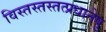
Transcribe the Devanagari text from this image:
विस्तस्तस्तत्प्रधानेषु